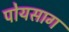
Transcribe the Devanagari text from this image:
पोयसाग